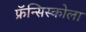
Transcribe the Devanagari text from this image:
फ्रॅन्सिस्कोला